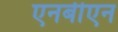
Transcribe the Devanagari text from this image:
एनबीएन